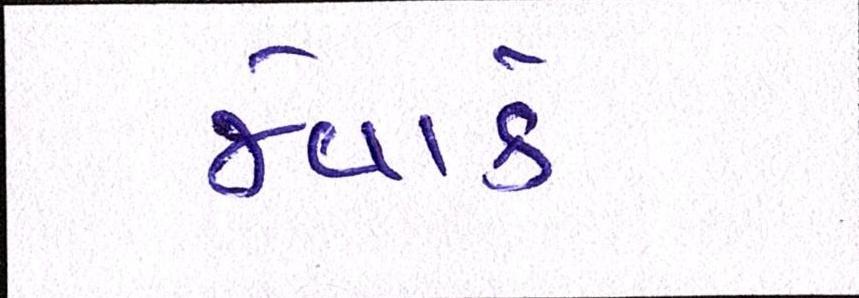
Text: જેવાકે